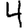
Digit: 4